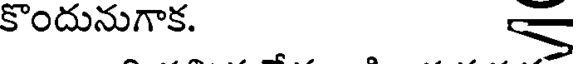
కొందునుగాక.